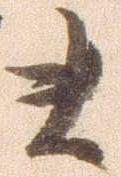
ま